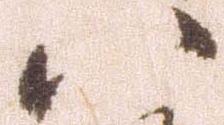
八